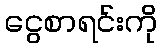
ငွေစာရင်းကို